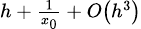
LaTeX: \scriptstyle h\, +\, {\frac{1}{x_{0}}}\, +\, O\left(h^{3}\right)